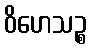
ဝိဟေသဉ္စ